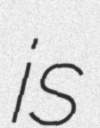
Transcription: is